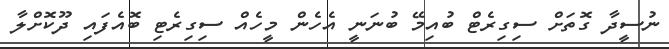
ނުސީދާ ގޮތަށް ސިގިރެޓް ބުއިމޭ ބުނަނީ އެހެން މީހެއް ސިގިރެޓި ބޮއެފައި ދޫކޮށްލާ